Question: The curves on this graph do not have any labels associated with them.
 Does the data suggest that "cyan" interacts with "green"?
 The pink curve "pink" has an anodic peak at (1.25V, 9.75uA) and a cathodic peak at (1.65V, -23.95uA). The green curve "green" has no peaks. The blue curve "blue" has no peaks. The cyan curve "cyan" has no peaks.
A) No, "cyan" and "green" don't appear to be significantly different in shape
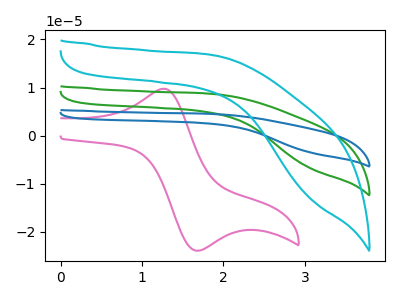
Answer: <think>Neither "cyan" or "green" have any peaks.
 </think>
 <answer>A) No, "cyan" and "green" don't appear to be significantly different in shape</answer>
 <eval>A</eval>